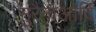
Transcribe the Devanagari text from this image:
मुरैनाआदि